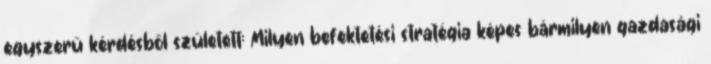
egyszerű kérdésből született: Milyen befektetési stratégia képes bármilyen gazdasági